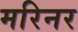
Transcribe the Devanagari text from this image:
मरिनर